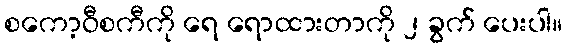
စကော့ဝီစကီကို ရေ ရောထားတာကို ၂ ခွက် ပေးပါ။